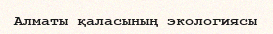
Алматы қаласының экологиясы